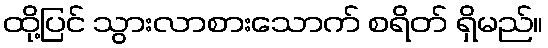
ထို့ပြင် သွားလာစားသောက် စရိတ် ရှိမည်။